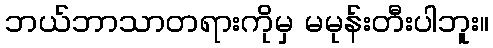
ဘယ်ဘာသာတရားကိုမှ မမုန်းတီးပါဘူး။